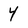
Character: 4